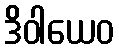
ဒိဝါယေဝ